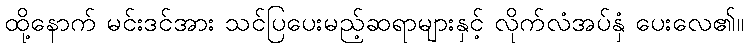
ထို့နောက် မင်းဒင်အား သင်ပြပေးမည့်ဆရာများနှင့် လိုက်လံအပ်နှံ ပေးလေ၏။